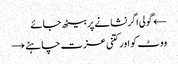
← گولی اگر نشانے پر بیٹھ جائے
ووٹ کو اور کتنی عزت چاہئے →